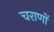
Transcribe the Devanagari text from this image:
चराणों